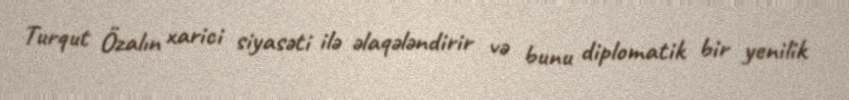
Turqut Özalın xarici siyasəti ilə əlaqələndirir və bunu diplomatik bir yenilik